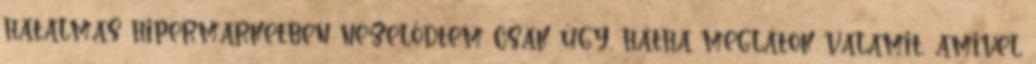
hatalmas hipermarketben nézelődtem csak úgy, hátha meglátok valamit, amivel